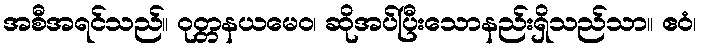
အစီအရင်သည်။ ဝုတ္တနယမေဝ၊ ဆိုအပ်ပြီးသောနည်းရှိသည်သာ။ ဧဝံ၊